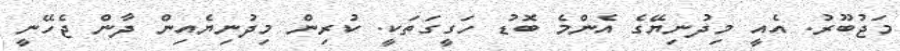
މަޖުބޫރު. އެއީ މިދުނިޔޭގެ އެންމެ ބޮޑު ހަގީގަތަކީ. ކުރިން މިދުނިޔެއިން ދާން ޖެހޭނީ